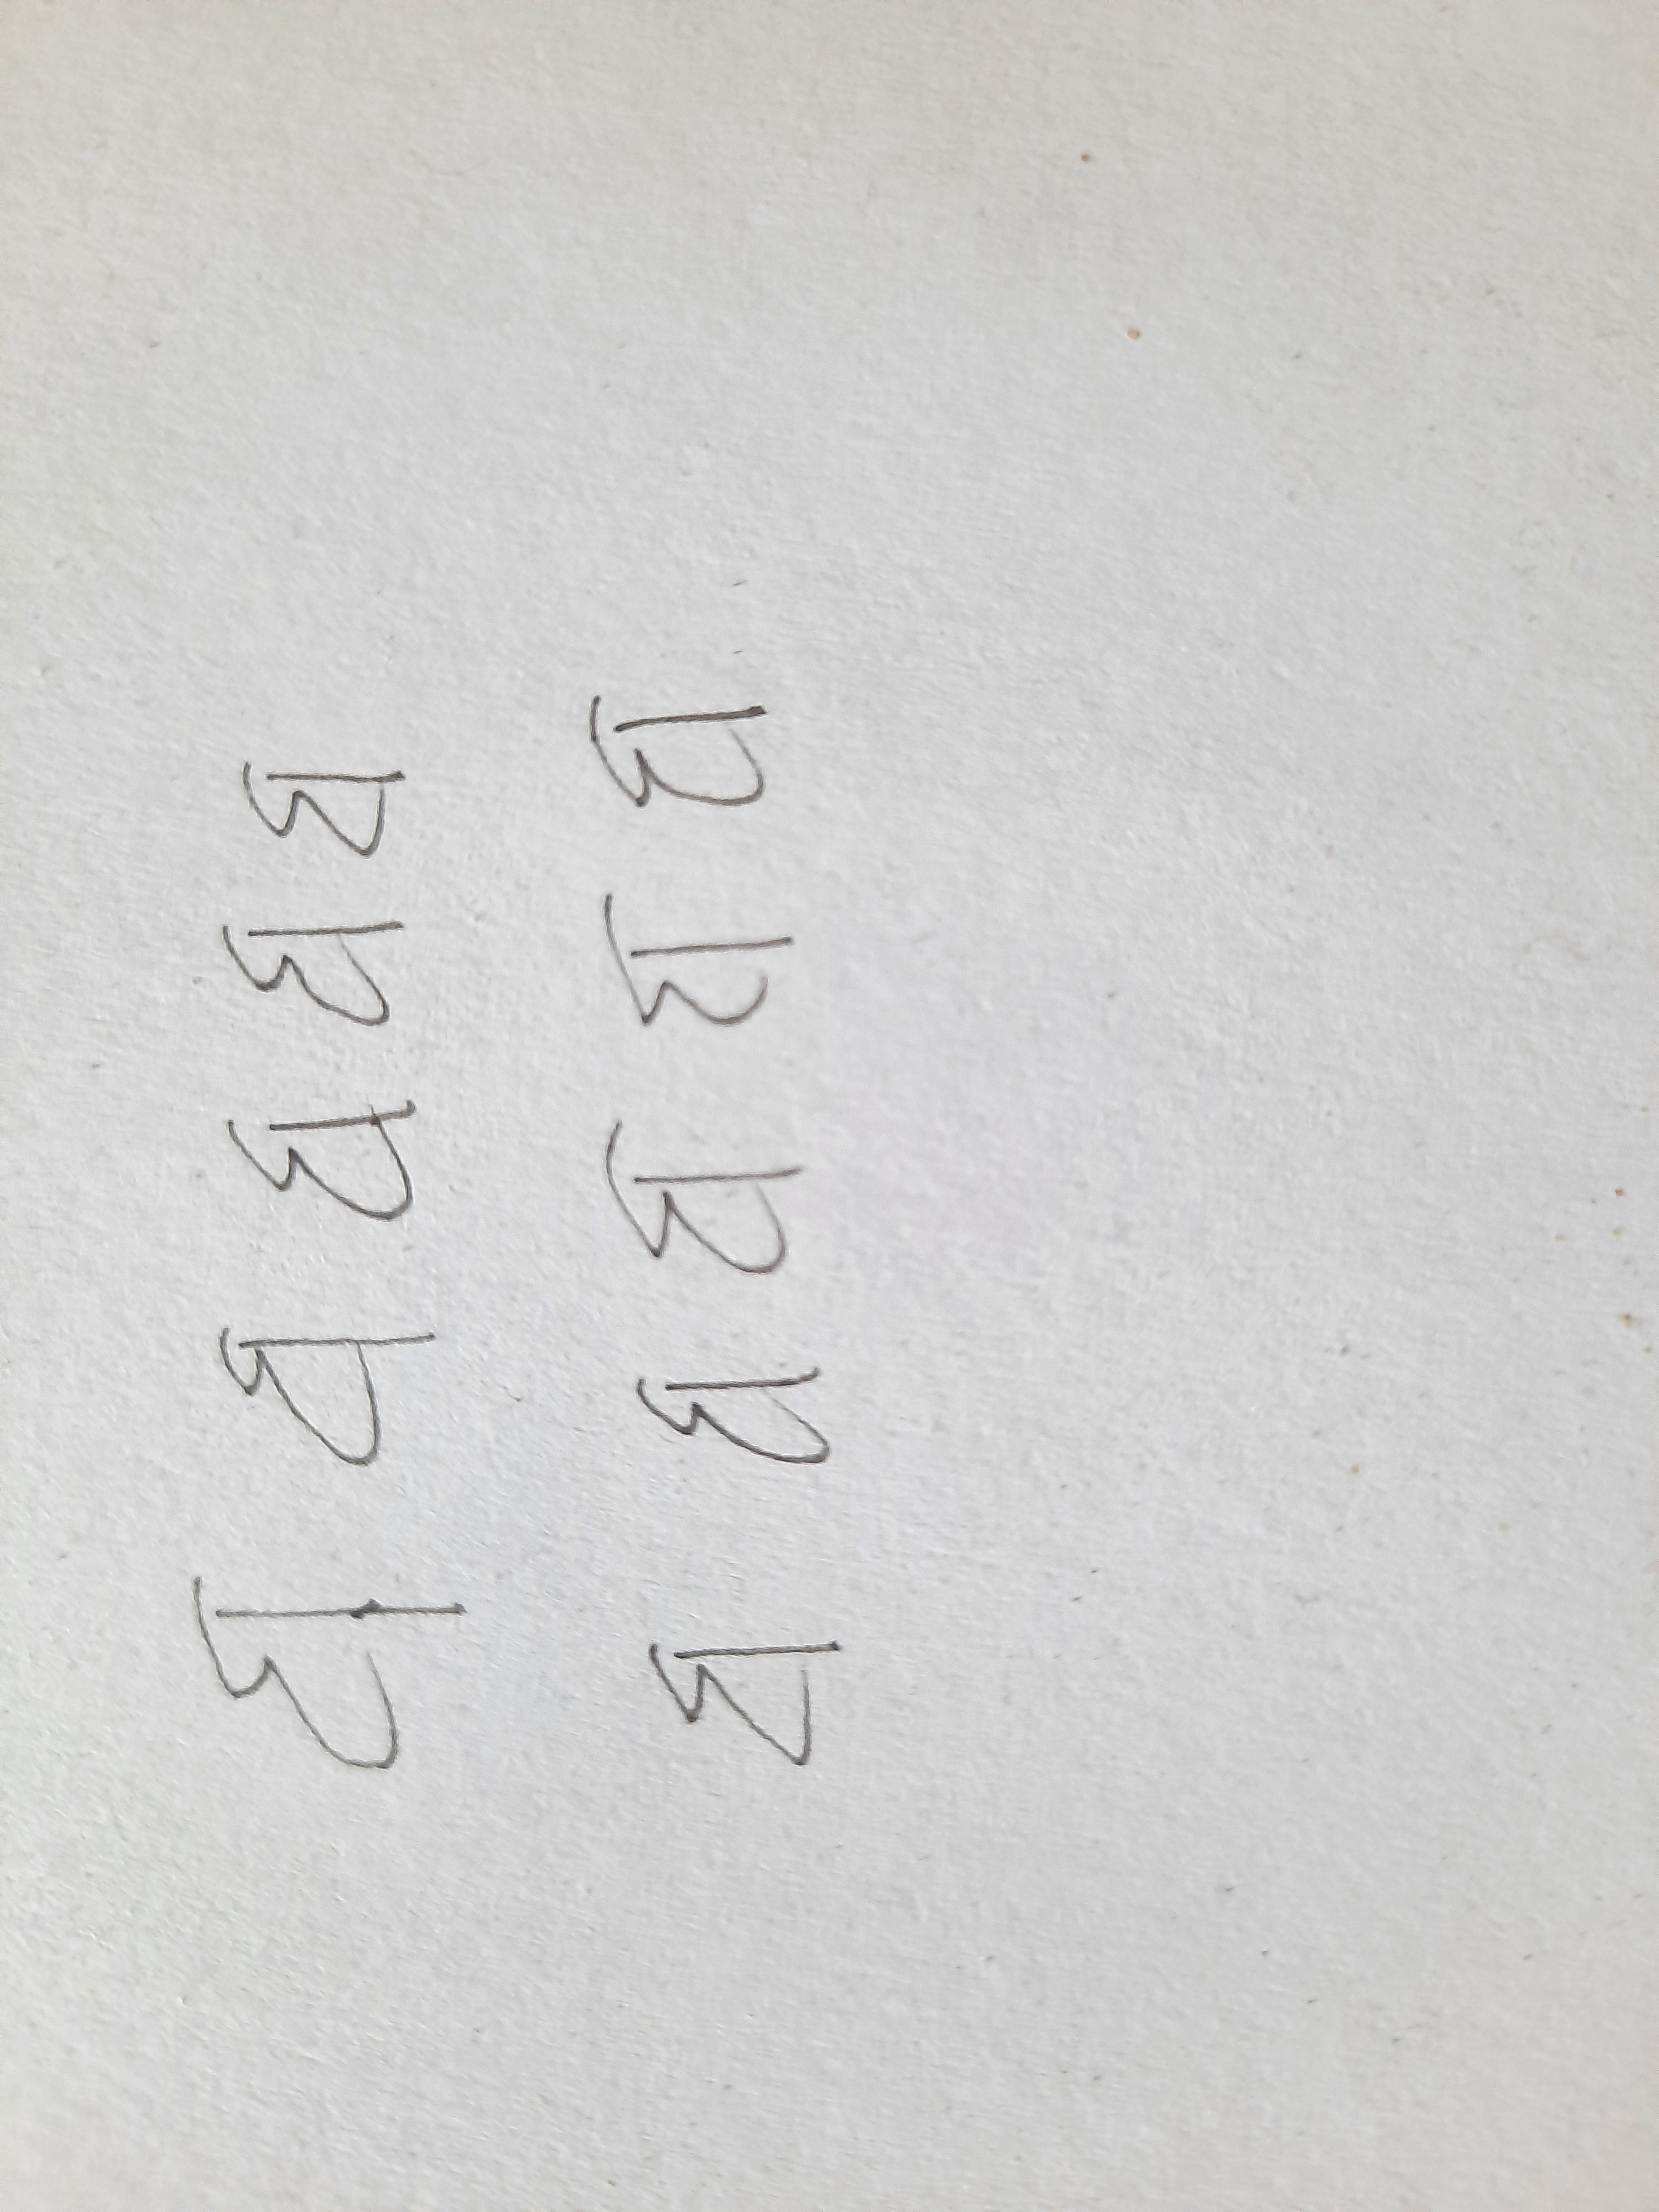
Signature authenticity: forged